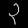
Digit: ၃